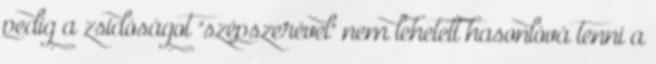
pedig a zsidóságot "szépszerével" nem lehetett hasonlóvá tenni a